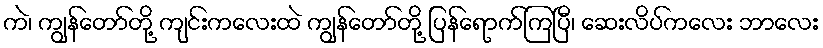
ကဲ၊ ကျွန်တော်တို့ ကျင်းကလေးထဲ ကျွန်တော်တို့ ပြန်ရောက်ကြပြီ၊ ဆေးလိပ်ကလေး ဘာလေး